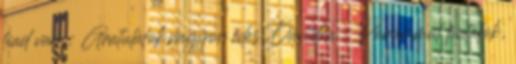
fiad van : Gratulálok,nagyon édes Dávidka : Párommal fiatalok,